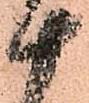
十